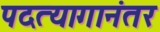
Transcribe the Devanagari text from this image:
पदत्यागानंतर